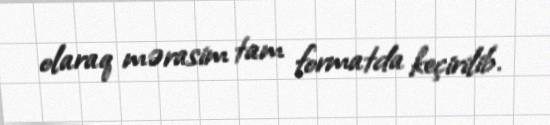
olaraq mərasim tam formatda keçirilib.